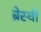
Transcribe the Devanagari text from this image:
ब्रेस्ची